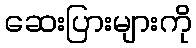
ဆေးပြားများကို